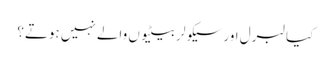
کیا لبرل اور سیکولر بیٹیوں والے نہیں ہوتے؟